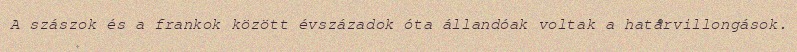
A szászok és a frankok között évszázadok óta állandóak voltak a határvillongások.